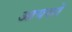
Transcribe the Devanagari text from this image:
आयसो